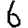
Digit: 6